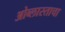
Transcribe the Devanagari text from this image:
ओब्लास्ताचा